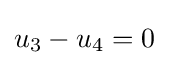
u_{3}-u_{4}=0